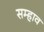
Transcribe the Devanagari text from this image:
सम्हाव